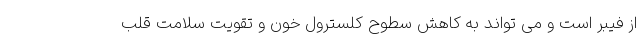
از فیبر است و می تواند به کاهش سطوح کلسترول خون و تقویت سلامت قلب